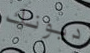
ديونك